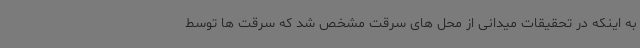
به اینکه در تحقیقات میدانی از محل های سرقت مشخص شد که سرقت ها توسط